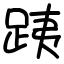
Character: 跠